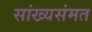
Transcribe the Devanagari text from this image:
सांख्यसंमत